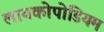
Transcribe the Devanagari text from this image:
लायकोपोडियम